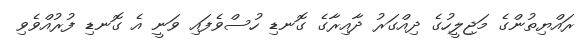
ރައްޔިތުންގެ މަޖިލީހުގެ ދިއްގަރު ދާއިރާގެ ގޮނޑި ހުސްވެފައި ވަނީ އެ ގޮނޑި ފުރުއްވެވި